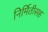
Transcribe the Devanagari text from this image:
निर्मितीसह